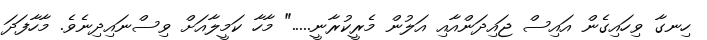
ހިނގާ ވިހައިގެން އައިސް ޖައިދަންއާއި އަލުން މެރީކުރާނީ....." މާހާ ކަމީލާއަށް ވިސްނައިދިނެވެ. މާހާފަދަ